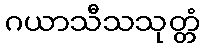
ဂယာသီသသုတ္တံ